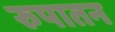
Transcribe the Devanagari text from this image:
रुपातन